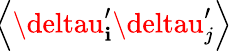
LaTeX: \! \left\langle{\deltau_{\mathbf{i}}^{\prime}\deltau_{j}^{\prime}}\right\rangle